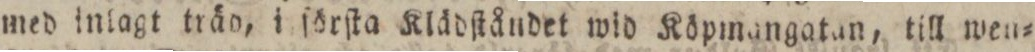
med inlagt träo, i ſörſta Klädſtåndet wid Köpmangatan, till wen=